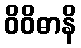
ဝိဝိဓာနိ